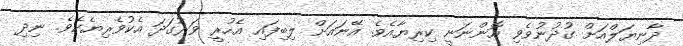
ދާނިޔަލްއަށް ގުދުނުވެވި އޮންނަނީ ކިރިޔާއެވެ. އޭނައަށް ލިބިފައި އެހުރީ ވަރުގަދަ އެކުވެރިޔެކެވެ. ނިދި